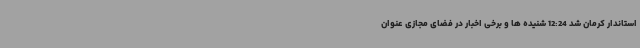
استاندار کرمان شد 12:24 شنیده ها و برخی اخبار در فضای مجازی عنوان